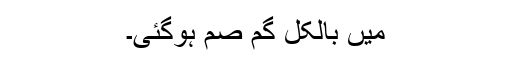
میں بالکل گم صم ہوگئی۔